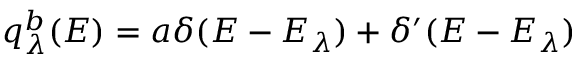
q _ { \lambda } ^ { b } ( E ) = a \delta ( E - E _ { \lambda } ) + \delta ^ { \prime } ( E - E _ { \lambda } )